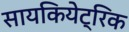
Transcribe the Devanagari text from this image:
सायकियेट्रिक